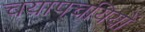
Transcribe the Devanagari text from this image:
चयापचयियों